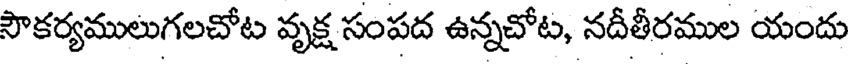
సౌకర్యములుగలచోట వృక్ష సంపద ఉన్నచోట, నదీతీరముల యందు